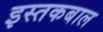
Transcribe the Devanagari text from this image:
इस्तकबाल